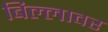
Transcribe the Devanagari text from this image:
बिल्लावर